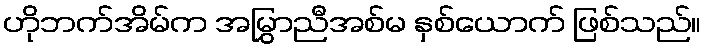
ဟိုဘက်အိမ်က အမြွှာညီအစ်မ နှစ်ယောက် ဖြစ်သည်။